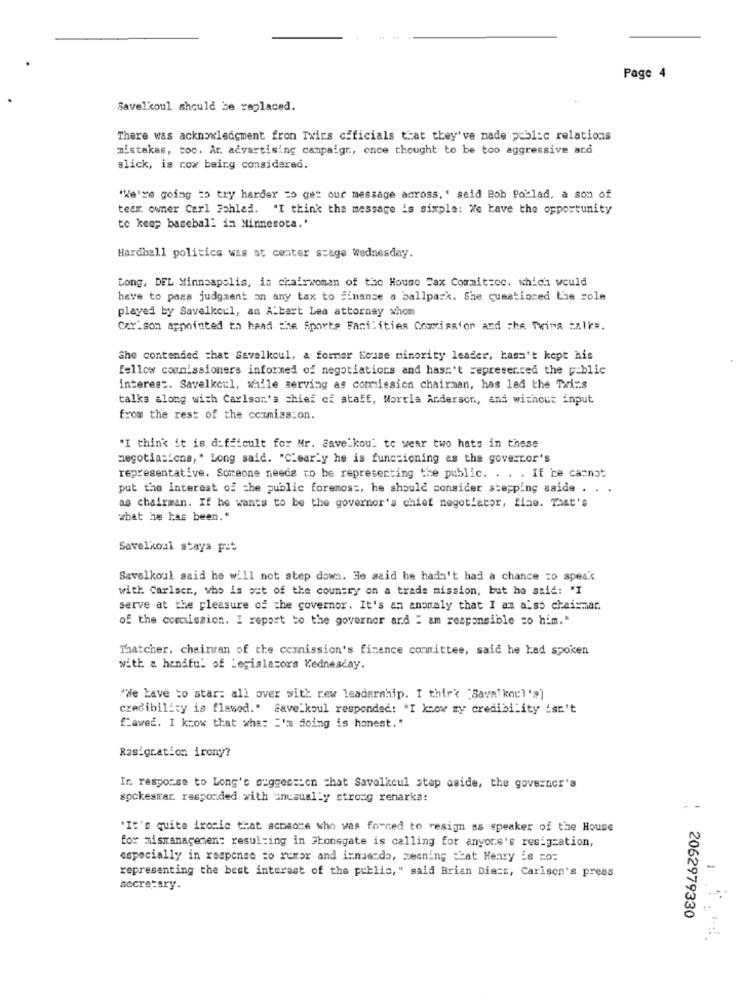
Page 4
Savelkoul should be replaced.
There was acknowledgment fron Txirs cificials that they've made public relations
mistakes, too. Ar. advertising campaign, once thought to be too aggressive ard
slick, is now being considered.
"We're going to try harder =o get our message across, ' said Bob Poblad, a son of
tear. owner Carl Pohled. "I think the message is simple: We have the opportunity
to keep baseball in Minnesota.'
Hardball politics was at center stage Wednesday.
Long, DEL Minneapolis, is chairwoman of the House Tax Commit:co. which would
have to pass judgment on any tax to inanse a ballpark. She cumationed the sole
played by Savelkcul, an A:bart Lea attorney whom
Carlson appointed th hand the Sports Facilities Commission and the Twins talk#.
She contended =hat Savelkoul, a former House minority leader, hasn't kept his
fellow commissioners informed of negotiations and hasn't sepresented the public
interest. Savelkcul, while serving as commission chairman, has led the Tri :. s
talks along with Carlson's chief of staff, Morria Anderson, and without input
from the rest of the commission.
"I think it is difficult for Mr. Savelkou" to wear two hats in these
negotiations, " Long said. "Clearly he is functioning as the governor's
representative. Someone needs to be representing the public. . . . If he cannot
put the interest of the public foremos :, he should consider stepping aside . . .
as chairman. If he wants to be the governor's chief negotiator, fine. That's
what he has been."
Savelkoul staya pit
Savelkoul aaid he will not step down. He said he hadn't had a chance to speak
with Carlsen, who is out of the country on a trade mission, but he said: "I
serve at the pleasure of the governor. It's an anomaly that I am also chaismar.
of the commission. I report to the governor ard : am responsible co him."
Thatcher, chairman of the commission's finance committee, said he had spoken
with a handful of Legislators Kednescay.
"We have to star: all over with rew leadership. I thir' 'Sava'koul's]
credibility is flawed." Save_koul responded: "I know my credibility isn't
fiawec. I know that wha: I'm doing is honest."
Rasigration irony?
In response to Long's suggestion That Savelkcul step aside, the governor's
sockesrar responded with uncaually strong renarka:
"It's quite ironic that acmeore who was forced to resign as speaker of the House
for mismanagement resulting in Stonegate is calling for anyone's resigzation,
especially in response to rumor and innuendo, meaning that Henry is ro:
representing the best interest of the public," said Brian Die ==, Carison's press
-
secretary.
2062979330